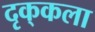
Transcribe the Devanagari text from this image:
दृक्‌कला